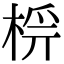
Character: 𣔔